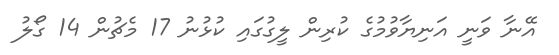
އޭނާ ވަނީ އަނިޔާވުމުގެ ކުރިން ލީގުގައި ކުޅުނު 17 މެޗުން 14 ގޯލު